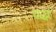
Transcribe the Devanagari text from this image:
वद्ध